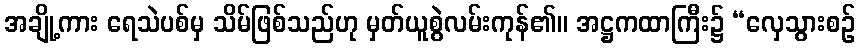
အချို့ကား ရေသဲပစ်မှ သိမ်ဖြစ်သည်ဟု မှတ်ယူစွဲလမ်းကုန်၏။ အဋ္ဌကထာကြီး၌ “လှေသွားစဉ်